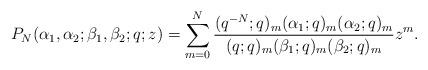
LaTeX: \begin{align*}P_{N}(\alpha _{1},\alpha _{2};\beta _{1}, \beta_2;q;z)=\sum_{m=0}^{N}\frac{(q^{-N};q)_{m}(\alpha _{1};q)_{m}(\alpha _{2};q)_{m}}{(q;q)_{m}(\beta_{1};q)_{m}(\beta_{2};q)_{m}} z^{m}.\end{align*}